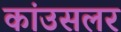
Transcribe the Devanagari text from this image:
कांउसलर